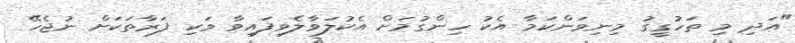
"އަދި މި ތަހުގީގު މިނިވަންކަމާ އެކު ހިންގުމަށް އެކުލަވާލެވިފައިވާ ވަކި ފަރާތަކަށް ނުޖެހޭ